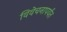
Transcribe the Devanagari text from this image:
विवेचनापर्यंत